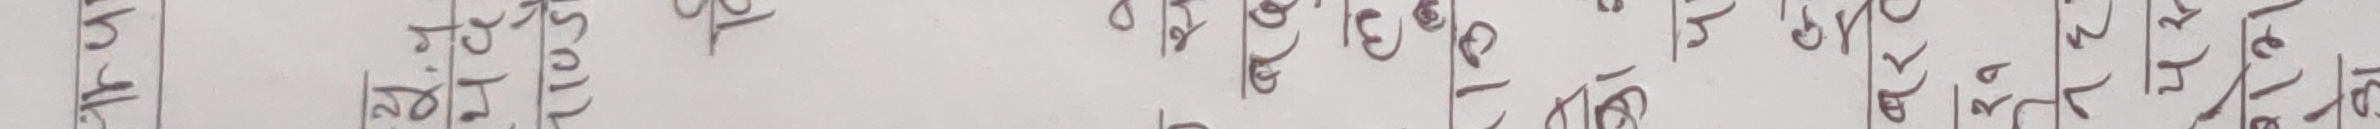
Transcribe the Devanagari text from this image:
होला